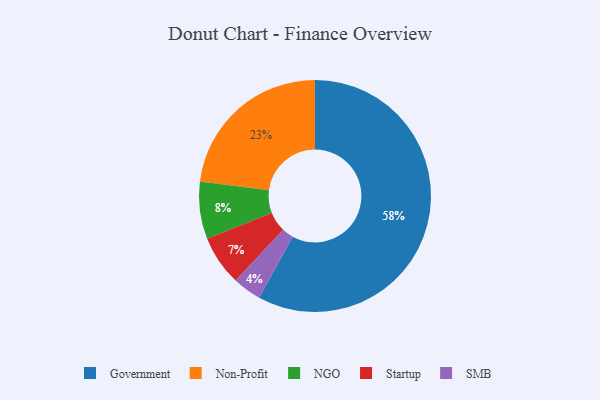
{"axis": {"x": "Category", "y": "Percentage"}, "legend": ["Government", "NGO", "Non-Profit", "SMB", "Startup"], "data": [{"x": "Startup", "y": 7, "type": "Startup"}, {"x": "Government", "y": 58, "type": "Government"}, {"x": "Non-Profit", "y": 23, "type": "Non-Profit"}, {"x": "SMB", "y": 4, "type": "SMB"}, {"x": "NGO", "y": 8, "type": "NGO"}]}